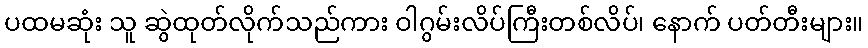
ပထမဆုံး သူ ဆွဲထုတ်လိုက်သည်ကား ဝါဂွမ်းလိပ်ကြီးတစ်လိပ်၊ နောက် ပတ်တီးများ။